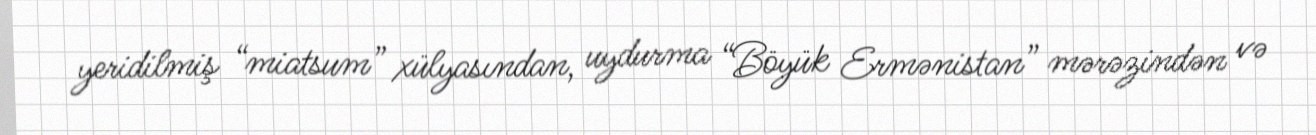
yeridilmiş “miatsum” xülyasından, uydurma “Böyük Ermənistan” mərəzindən və